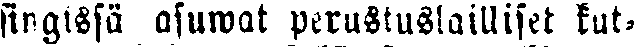
singissä asuwat perustuslailliset kut-